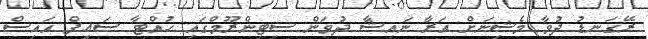
ރޭގަނޑު ދުވާ މެޝިނަށް އަރާ ނައިޝާ ދުވަން ސިޓިންރޫމްގައި ހުއްޓާ ސައިފް އައިސް